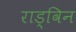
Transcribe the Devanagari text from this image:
राड्विन